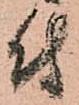
付